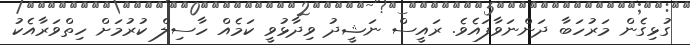
ގުޅިގެން މަރުހަބާ ދަންނަވާފައެވެ. ރައީސް ނަޝީދު ވިދާޅުވީ ކަމެއް ހާސިލް ކުރުމަށް ހިތްވަރާއެކު